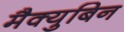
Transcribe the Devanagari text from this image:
मैक्युबिन